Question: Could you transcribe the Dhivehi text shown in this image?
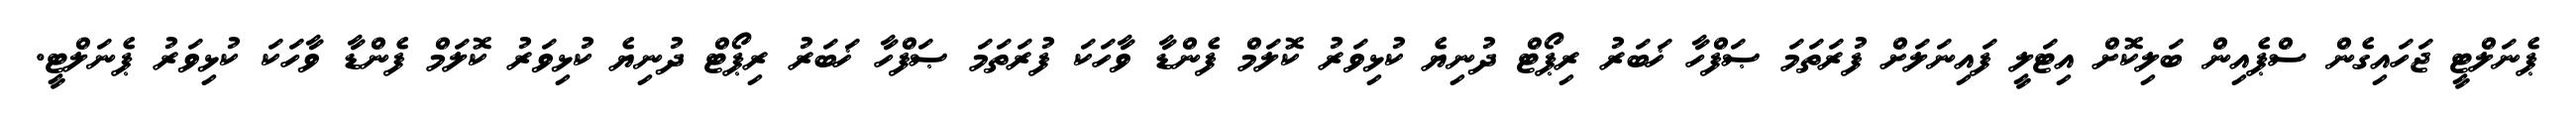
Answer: ޕެނަލްޓީ ޖަހައިގެން ސްޕެއިން ބަލިކޮށް އިޓަލީ ފައިނަލަށް ފުރަތަމަ ޞަފްހާ ޚަބަރު ރިޕޯޓް ދުނިޔެ ކުޅިވަރު ކޮލަމް ފެންޑާ ވާހަކަ ފުރަތަމަ ޞަފްހާ ޚަބަރު ރިޕޯޓް ދުނިޔެ ކުޅިވަރު ކޮލަމް ފެންޑާ ވާހަކަ ކުޅިވަރު ޕެނަލްޓީ.